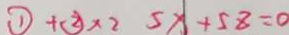
\textcircled { 1 } + \textcircled { 2 } \times 2 5 x + 5 8 = 0